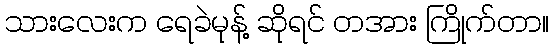
သားလေးက ရေခဲမုန့် ဆိုရင် တအား ကြိုက်တာ။